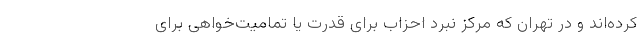
کرده‌اند و در تهران که مرکز نبرد احزاب برای قدرت یا تمامیت‌خواهی برای